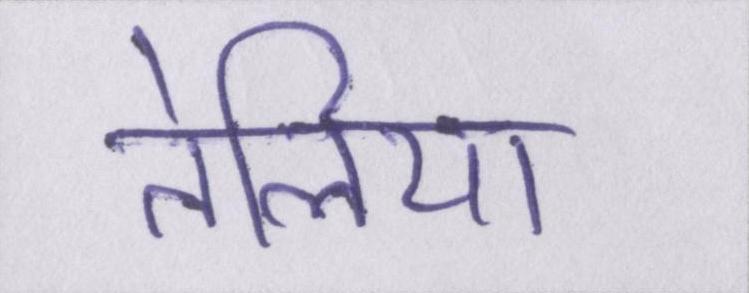
तेलिया